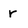
Character: r